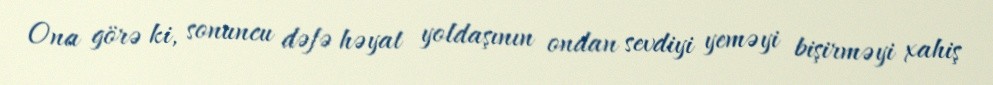
Ona görə ki, sonuncu dəfə həyat yoldaşının ondan sevdiyi yeməyi bişirməyi xahiş